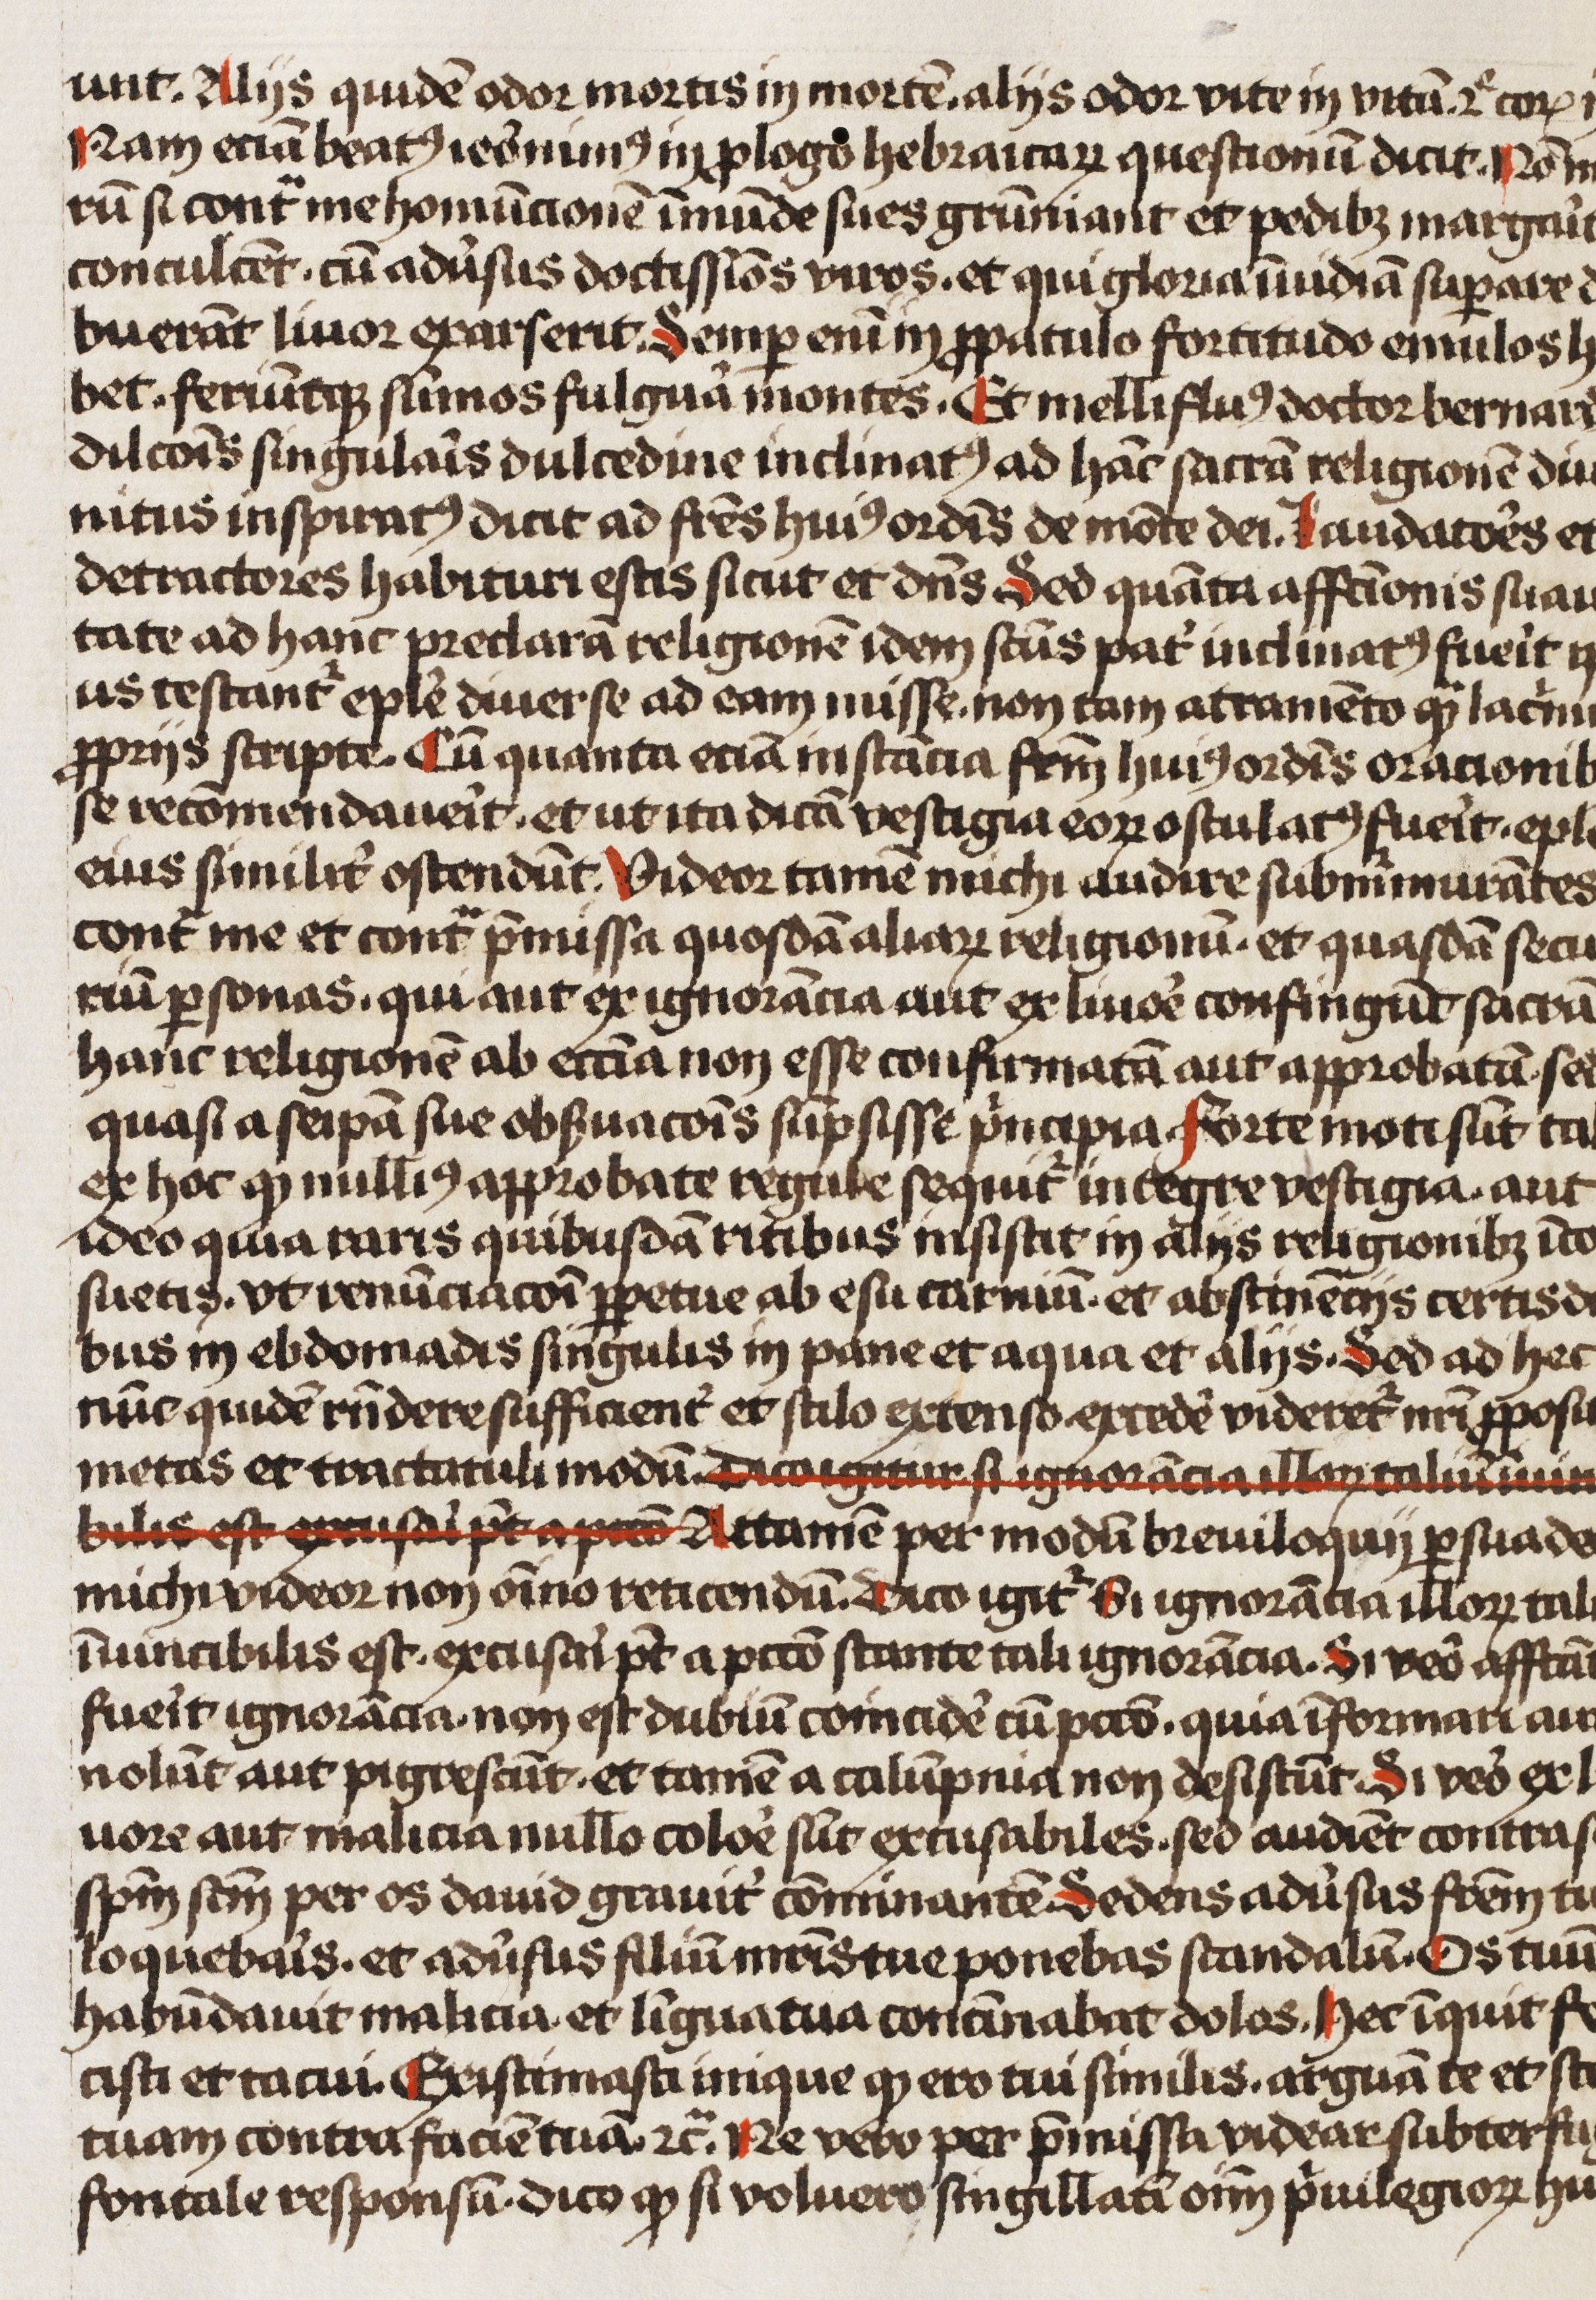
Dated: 1466–1466